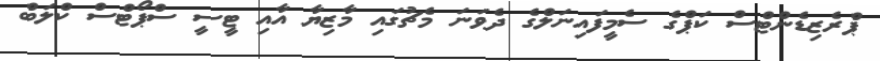
ޕްރެޒިޑެންޓްސް ކަޕްގެ ސެމީފައިނަލްގެ ދެވަނަ މެޗުގައި މާޒިޔާ އާއި ޓީސީ ސްޕޯޓްސް ކްލަބް